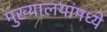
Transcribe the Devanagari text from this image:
मुख्यालयांमध्ये